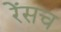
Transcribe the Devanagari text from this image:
रेंसच